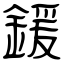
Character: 鍰